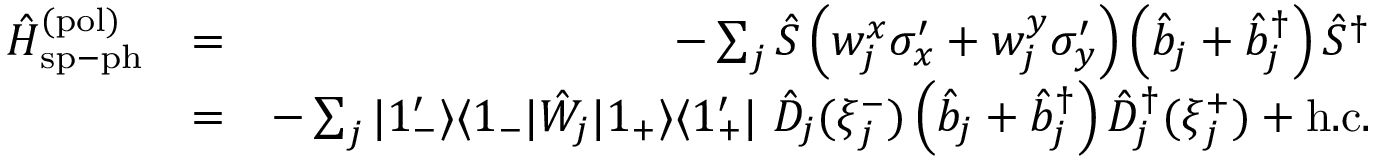
\begin{array} { r l r } { \hat { H } _ { \mathrm { s p - p h } } ^ { \mathrm { ( p o l ) } } } & { = } & { - \sum _ { j } \hat { S } \left( w _ { j } ^ { x } \sigma _ { x } ^ { \prime } + w _ { j } ^ { y } \sigma _ { y } ^ { \prime } \right) \left( \hat { b } _ { j } + \hat { b } _ { j } ^ { \dagger } \right) \hat { S } ^ { \dagger } } \\ & { = } & { - \sum _ { j } | 1 _ { - } ^ { \prime } \rangle \langle 1 _ { - } | \hat { W } _ { j } | 1 _ { + } \rangle \langle 1 _ { + } ^ { \prime } | \ \hat { D } _ { j } ( \xi _ { j } ^ { - } ) \left( \hat { b } _ { j } + \hat { b } _ { j } ^ { \dagger } \right) \hat { D } _ { j } ^ { \dagger } ( \xi _ { j } ^ { + } ) + \mathrm { h . c . } } \end{array}